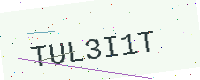
Text: TUL3I1T